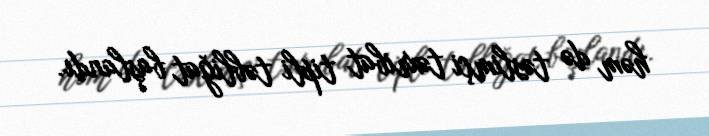
həm də təslimçi təxribat tipli təbliğat başlandı.